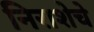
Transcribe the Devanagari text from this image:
निराशेचे